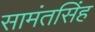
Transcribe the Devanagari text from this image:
सामंतसिंह